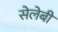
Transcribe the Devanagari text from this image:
सेलेबी